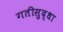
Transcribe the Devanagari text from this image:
गतीसुद्धा